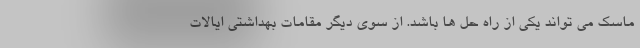
ماسک می تواند یکی از راه حل ها باشد. از سوی دیگر مقامات بهداشتی ایالات